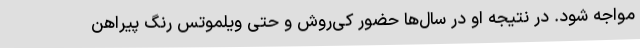
مواجه شود. در نتیجه او در سال‌ها حضور کی‌روش و حتی ویلموتس رنگ پیراهن